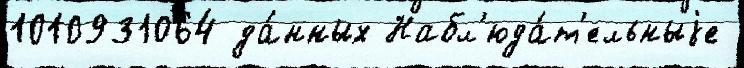
1010931064 да́нных Набл'юда́т'ельныjе